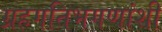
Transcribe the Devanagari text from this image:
ग्रहगतिभगणांशी